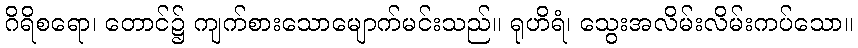
ဂိရိစရော၊ တောင်၌ ကျက်စားသောမျောက်မင်းသည်။ ရုဟိရံ၊ သွေးအလိမ်းလိမ်းကပ်သော။